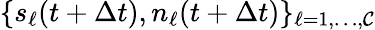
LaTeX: \{ s_{\ell}(t+\Delta t),n_{\ell}(t+\Delta t)\} _{\ell=1,\dots,\mathcal{C}}